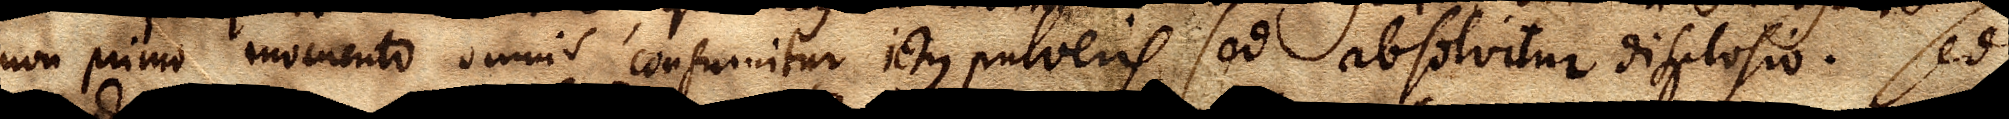
non primo momento omnis consumitur ictus pulveris, sed absolvitur displosio. Sed